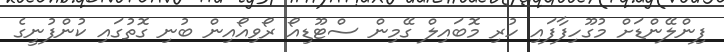
ފިންލޭންޑަށް މުގޫހިފާފައި ހުރި މޮބައިލް ގޭމިން ސްޓޫޑިއޯ ރޯވިއޯއިން ބުނި ގޮތުގައި ކުންފުނީގެ